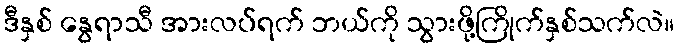
ဒီနှစ် နွေရာသီ အားလပ်ရက် ဘယ်ကို သွားဖို့ကြိုက်နှစ်သက်လဲ။